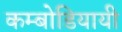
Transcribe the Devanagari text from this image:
कम्बोडियायी